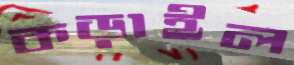
কড়াইল